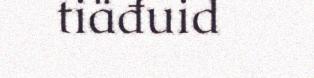
tiäđuid